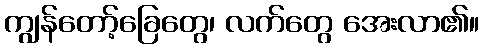
ကျွန်တော့်ခြေတွေ၊ လက်တွေ အေးလာ၏။